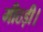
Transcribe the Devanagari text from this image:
मीठड़ी।